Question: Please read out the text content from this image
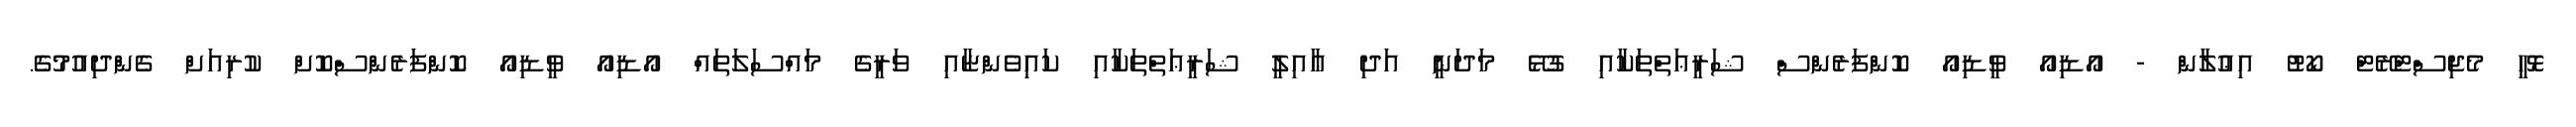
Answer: ޅޮހީ މެޖިސްޓްރޭޓް ކޯޓު އިޢުލާން - އޯޑިއޯ ވީޑިއޯ ކޮންފަރެންސް ޝަރީޢަތްތަކާއި ގުޅޭ މަދަނީ އަދި ޢާއިލީ ޝަރީޢަތްތަކާއި ކައިވެންޏާއި ވަރީގެ މައްސަލަތައް އޯޑިއޯ ވީޑިއޯ ކޮންފަރެންސްކޮށް ކުރިއަށް ގެންދިއުމުގެ.